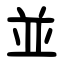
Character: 並